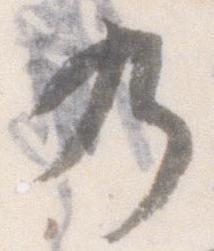
乃